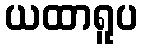
ယထာရူပ